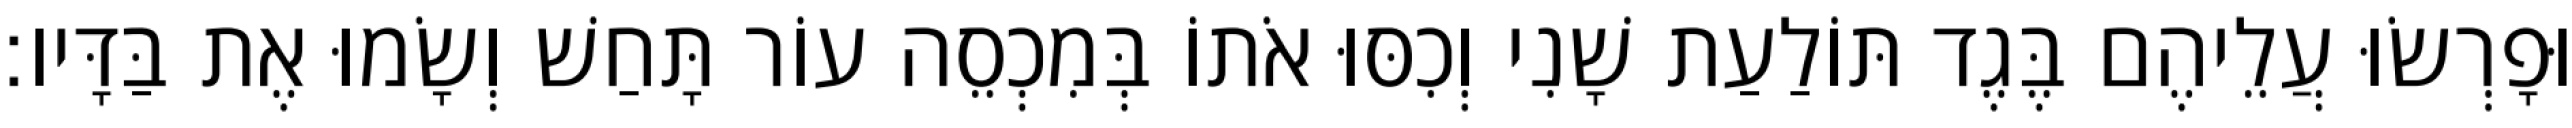
וּפָרְשׂוּ עֲלֵיהֶם בֶּגֶד תּוֹלַעַת שָׁנִי וְכִסּוּ אֹתוֹ בְּמִכְסֵה עוֹר תָּחַשׁ וְשָׂמוּ אֶת בַּדָּיו׃